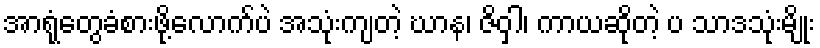
အာရုံတွေခံစားဖို့လောက်ပဲ အသုံးကျတဲ့ ဃာန၊ ဇိဝှါ၊ ကာယဆိုတဲ့ ပ သာဒသုံးမျိုး